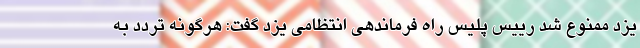
یزد ممنوع شد رییس پلیس راه فرماندهی انتظامی یزد گفت: هرگونه تردد به